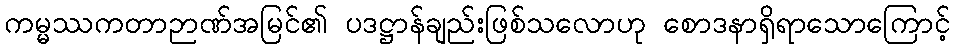
ကမ္မဿကတာဉာဏ်အမြင်၏ ပဒဋ္ဌာန်ချည်းဖြစ်သလောဟု စောဒနာရှိရာသောကြောင့်